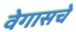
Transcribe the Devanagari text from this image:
वेगासचे